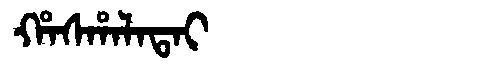
Manchu: ᡥᠠᠰᡥᠠᠯᠠᡨᠠᡳ
Romanization: HASHALATAI